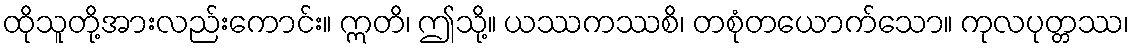
ထိုသူတို့အားလည်းကောင်း။ ဣတိ၊ ဤသို့။ ယဿကဿစိ၊ တစုံတယောက်သော။ ကုလပုတ္တဿ၊